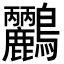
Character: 𪈹